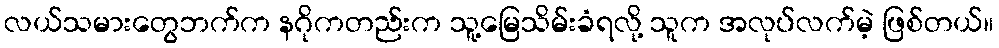
လယ်သမားတွေဘက်က နဂိုကတည်းက သူ့မြေသိမ်းခံရလို့ သူက အလုပ်လက်မဲ့ ဖြစ်တယ်။